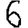
Digit: 6